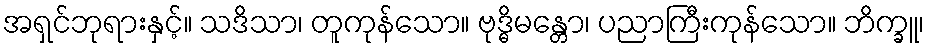
အရှင်ဘုရားနှင့်။ သဒိသာ၊ တူကုန်သော။ ဗုဒ္ဓိမန္တော၊ ပညာကြီးကုန်သော။ ဘိက္ခူ၊